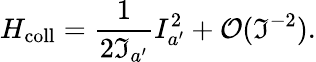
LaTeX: H_{\mathrm{coll}}=\frac{1}{2\Im_{a^{\prime}}}I_{a^{\prime}}^{2}+{\cal O}(\Im^{-2}).